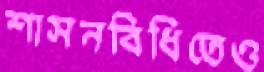
শাসনবিধিতেও